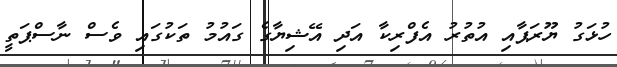
ހުޅަގު ޔޫރަޕާއި އުތުރު އެފްރިކާ އަދި އޭޝިޔާގެ ގައުމު ތަކުގައި ވެސް ނާސްޕަތީ